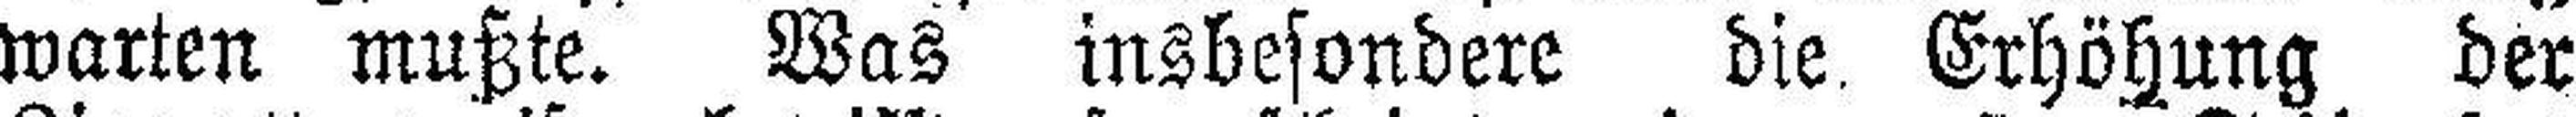
warten mußte. Was insbesondere die Erhöhung der